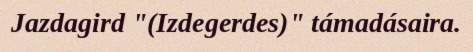
Jazdagird "(Izdegerdes)" támadásaira.